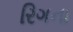
રિગના